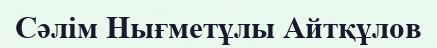
Сәлім Нығметұлы Айтқұлов